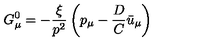
G _ { \mu } ^ { 0 } = - { \frac { \xi } { p ^ { 2 } } } \left( p _ { \mu } - { \frac { D } { C } } \bar { u } _ { \mu } \right)